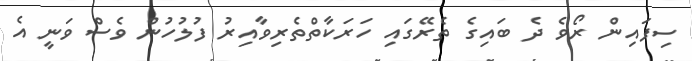
ސިފައިން ރޯވެ ދެ ބައިގެ ތެރޭގައި ހަރަކާތްތެރިވާއިރު ފުލުހުން ވެސް ވަނީ އެ